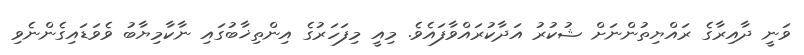
ވަނީ ދާއިރާގެ ރައްޔިތުންނަށް ޝުކުރު އަދާކުރައްވާފައެވެ. މިއީ މިފަހަރުގެ އިންތިޚާބުގައި ނާކާމިޔާބު ވެވަޑައިގެންނެވި